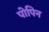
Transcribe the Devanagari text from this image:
पोपिन